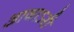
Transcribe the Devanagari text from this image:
आजाऽरी